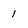
Character: l